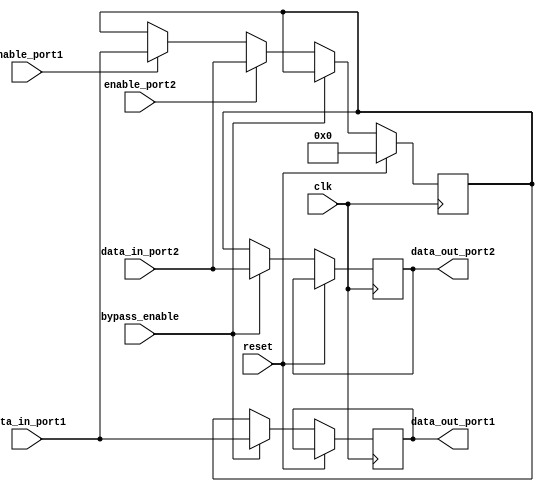
module dual_port_bypass_register (
  input wire clk,
  input wire reset,
  input wire [7:0] data_in_port1,
  input wire [7:0] data_in_port2,
  input wire enable_port1, 
  input wire enable_port2,
  input wire bypass_enable,
  output reg [7:0] data_out_port1,
  output reg [7:0] data_out_port2
);

reg [7:0] register_data;

always @(posedge clk) begin
  if (reset) begin
    register_data <= 8'h00; // Reset the register data to 0
  end else begin
    if (bypass_enable) begin
      data_out_port1 <= data_in_port1; // Bypass data directly to output port 1
      data_out_port2 <= data_in_port2; // Bypass data directly to output port 2
    end else begin
      if (enable_port1) begin
        register_data <= data_in_port1; // Write data to register from port 1
      end
      if (enable_port2) begin
        register_data <= data_in_port2; // Write data to register from port 2
      end
      data_out_port1 <= register_data; // Read data from register to output port 1
      data_out_port2 <= register_data; // Read data from register to output port 2
    end
  end
end

endmodule